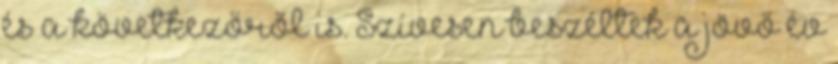
és a következőről is. Szívesen beszéltek a jövő év